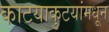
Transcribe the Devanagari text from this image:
काटयाकुटयांमधून